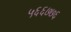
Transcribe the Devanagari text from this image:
५६६७७६